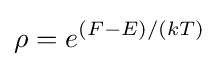
\rho =e^{(F-E)/(kT)}